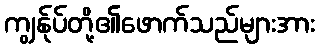
ကျွန်ုပ်တို့၏ဖောက်သည်များအား